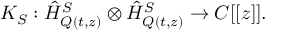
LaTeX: K _ { S } : \hat { H } _ { Q ( t , z ) } ^ { S } \otimes \hat { H } _ { Q ( t , z ) } ^ { S } \rightarrow C [ [ z ] ] .